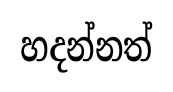
හදන්නත්